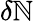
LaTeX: \delta\mathbb{N}